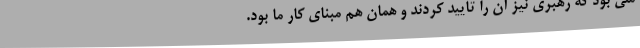
ملی بود که رهبری نیز آن را تایید کردند و همان هم مبنای کار ما بود.